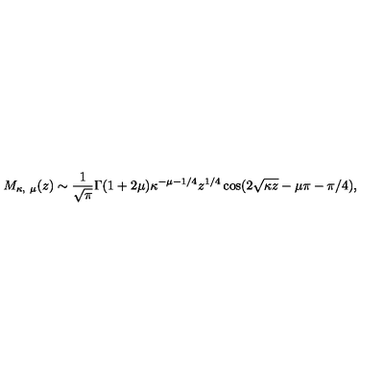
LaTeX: M _ { \kappa , \ \mu } ( z ) \sim { \frac { 1 } { \sqrt { \pi } } } \Gamma ( 1 + 2 \mu ) \kappa ^ { - \mu - 1 / 4 } z ^ { 1 / 4 } \cos ( 2 \sqrt { \kappa z } - \mu \pi - \pi / 4 ) ,